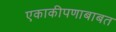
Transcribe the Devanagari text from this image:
एकाकीपणाबाबत